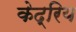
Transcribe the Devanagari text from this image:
केद्रिय